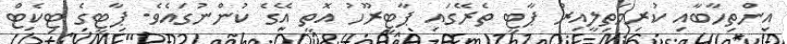
އިންތިހާބާއި ކުރިމަތިލީއިރު ޕާޓީ ތެރޭގައި ޕާޓީރޫހު އޮތީ އޭގެ ކުންނުގައެވެ. ޕާޓީގެ ޓިކެޓް